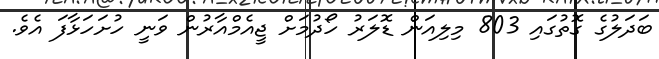
ބަދަލުގެ ގޮތުގައި 803 މިލިއަން ޑޮލަރު ހޯދުމަށް ޖީއެމްއާރުން ވަނީ ހުށަހަޅާފަ އެވެ.